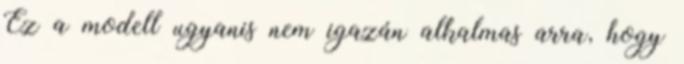
Ez a modell ugyanis nem igazán alkalmas arra, hogy